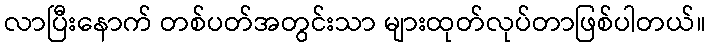
လာပြီးနောက် တစ်ပတ်အတွင်းသာ များထုတ်လုပ်တာဖြစ်ပါတယ်။